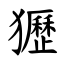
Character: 㺡